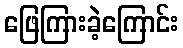
ဖြေကြားခဲ့ကြောင်း